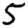
Digit: 5